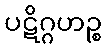
ပဋိဂ္ဂဟဉ္စ